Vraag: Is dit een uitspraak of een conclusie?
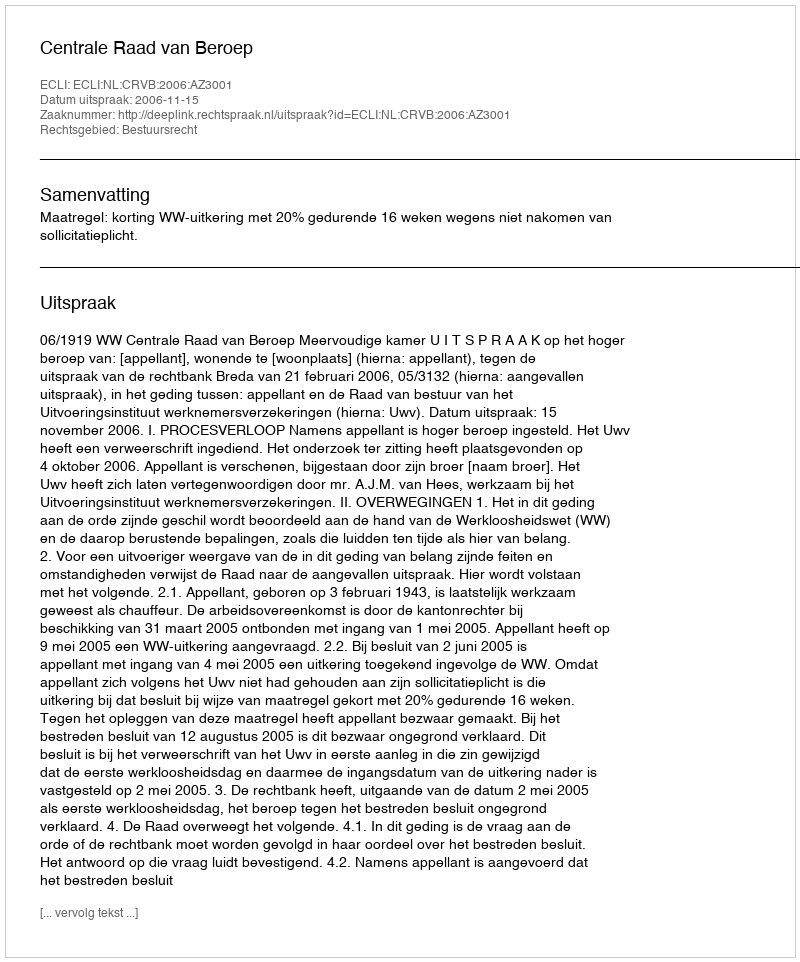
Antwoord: Uitspraak